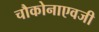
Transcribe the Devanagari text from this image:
चौकोनाएवजी